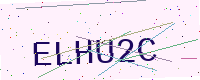
Text: ELHU2C